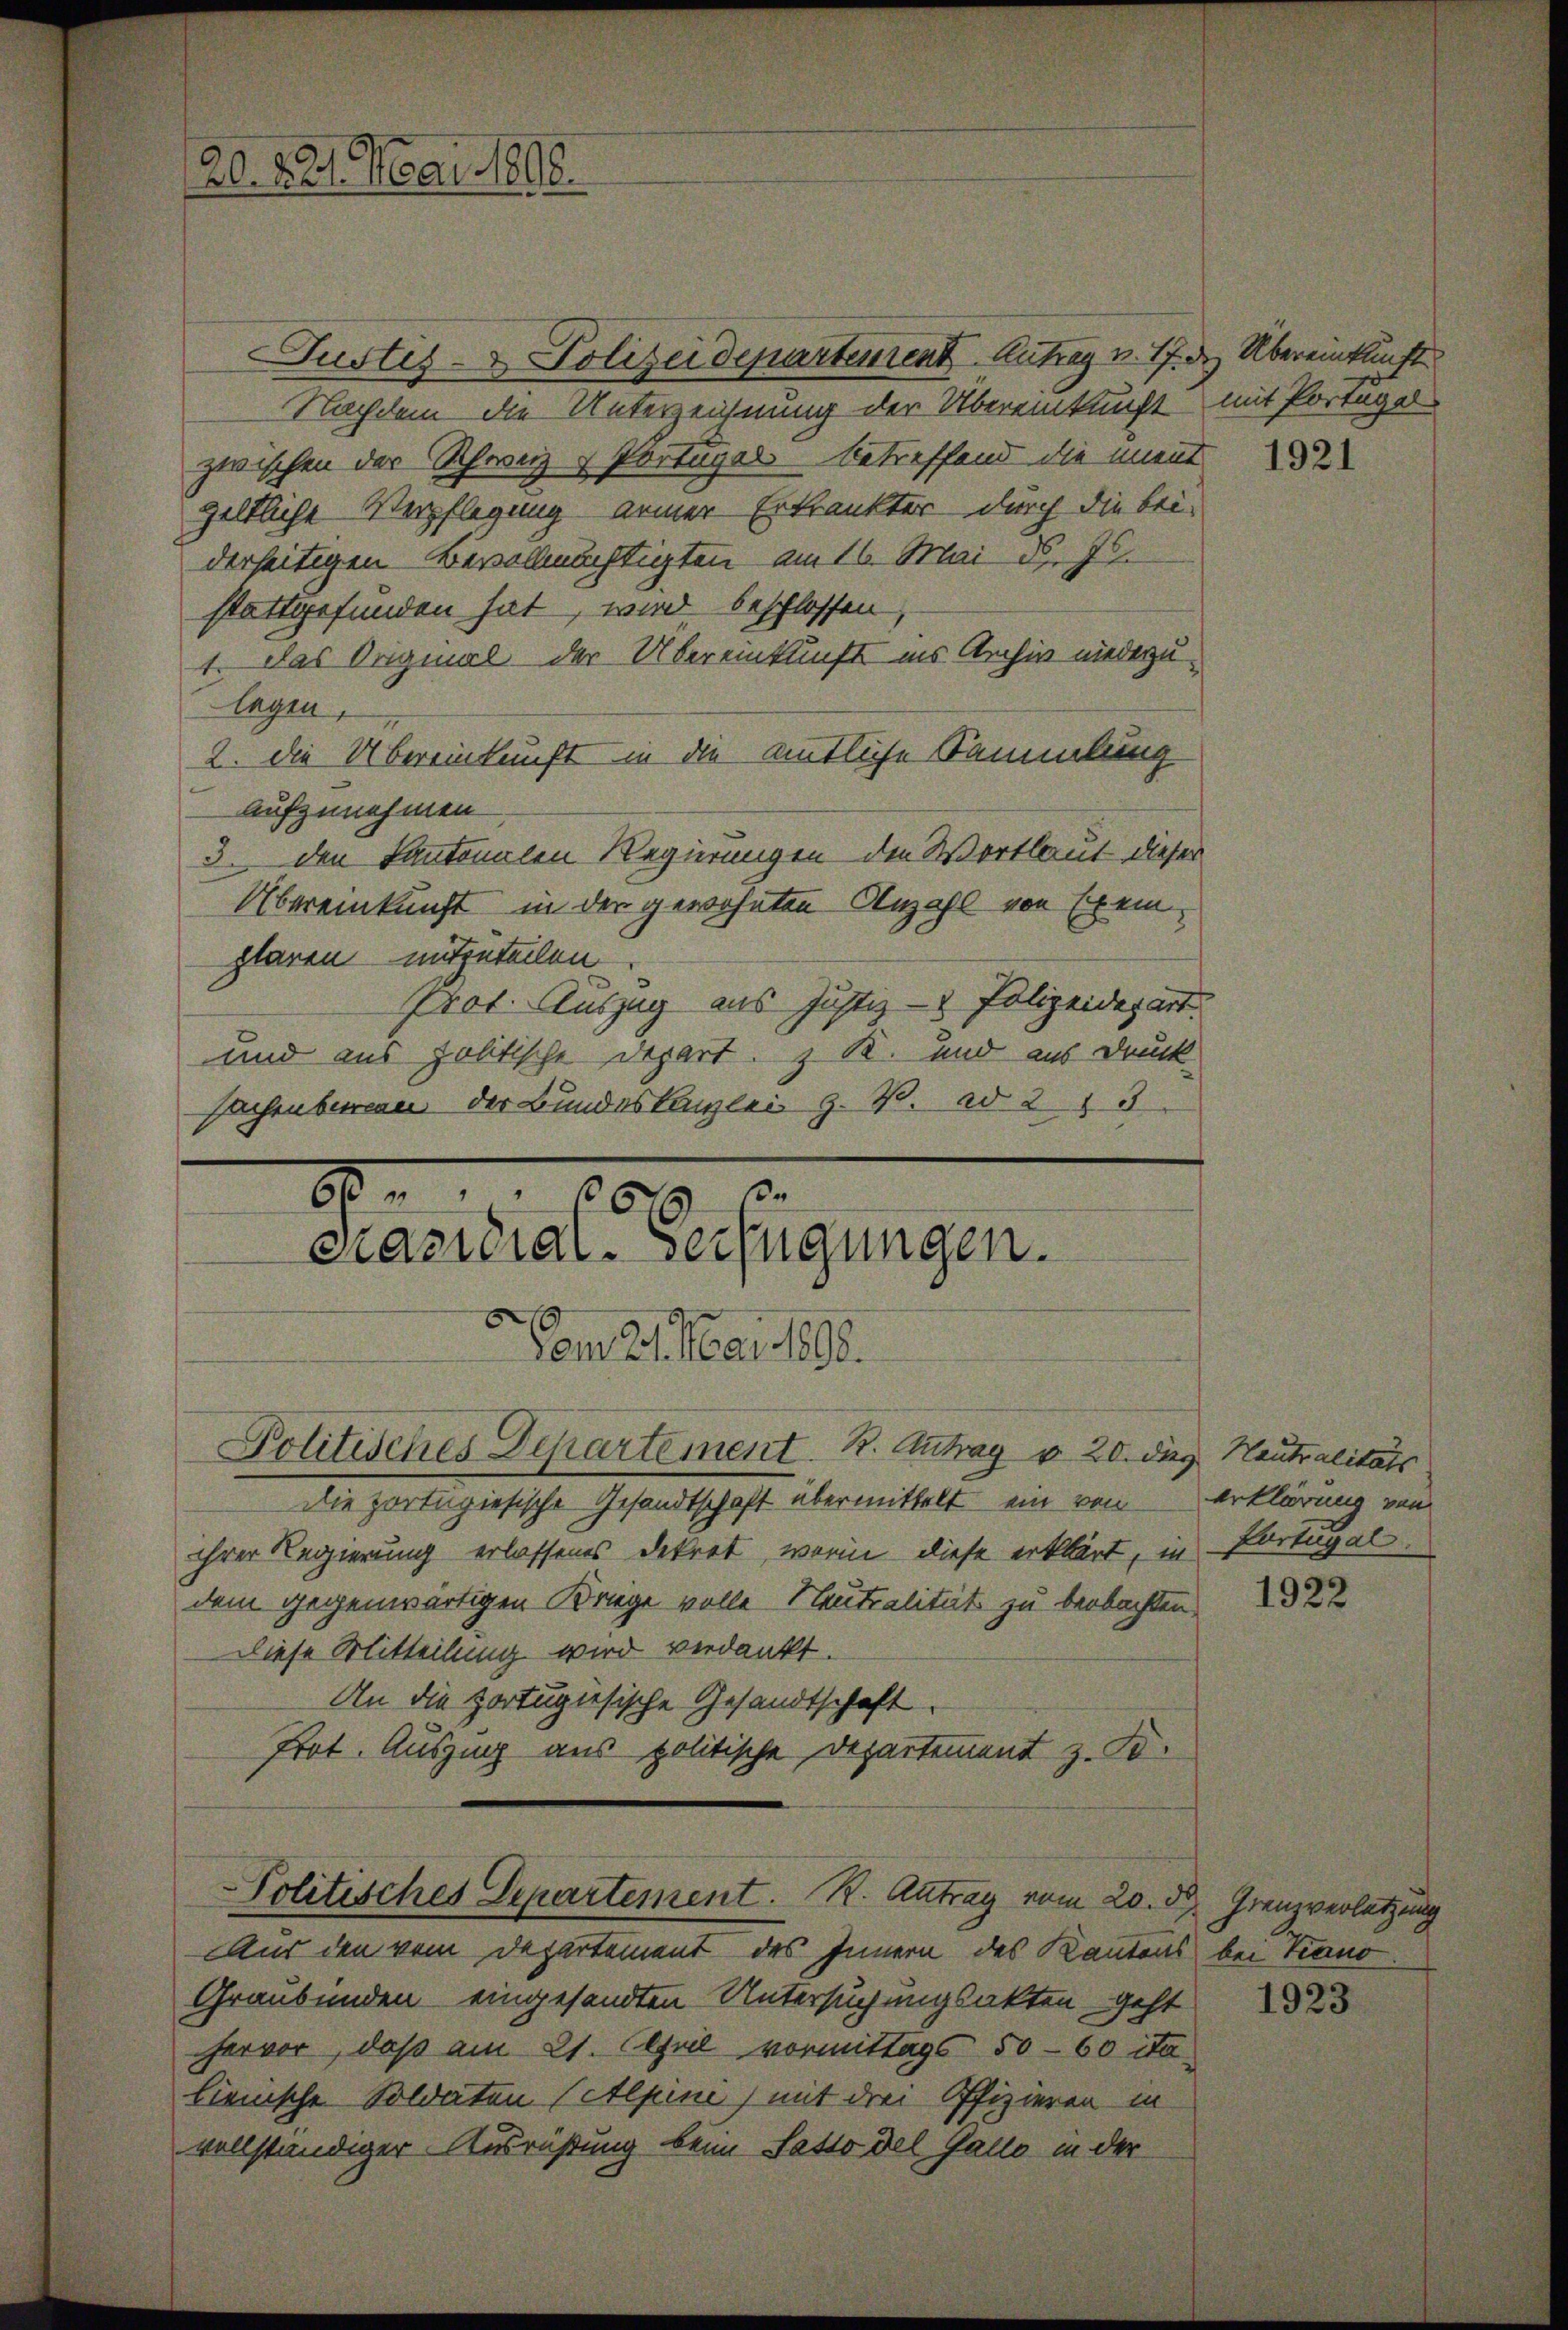
Justiz- & Polizeidepartement Antrag v. 17. d. Übereinkunft
Nachdem die Unterzeichnung der Übereinkunft mit Portagel
zwischen der Schweiz & Portages betreffend die ment
geltliche Verpflegung seiner Erkrankter durch die bei-
derseitigen Bevollmächtigten am 16. Mai d. Js.
stattgefunden hat, wird beschlossen,
1. Das Original der Übereinkunft ins Archiv niederzulagen,
2. die Übereinkunft in die amtliche Sammlung
aufzunehmen.
3. den Kantonalen Regierungen den Wortlaut dieser
Übereinkunft in der gewohnten Anzahl von Exemplaren mitzuteilen
Prot. Auszug aus Justiz- & Polizeidepart.
und aus politische Depart. z. R. und aus Druck
sachenburgen der Bundeskanzlei z. B. ad 2, 3
e
8

20. 221. Mai 1898.

6
crasidial-Verfügungen.

Politisches Departement. R. Antrag vom 20. d.

Vom 2. Mai 1890.
Politisches Departement. B. Antrag v. 20. die Neutralitäts
Die partagiesische Gesandtschaft übermittelt ein von
ihrer Regierung erlassenes Dekret, wenn diese erklärt, in
dem gegenwärtigen Kriege volle Neutralität zu beobachten,
Diese Mitteilung wird verdankt.
An die portugisische Gesandtschaft.
Prot. Auszug aus politische Departement z. So¬

Aus den vom Departement des Innern des Kantons bei Kano
Graubünden eingesandten Untersuchungsakten geht
hervor, daß am 21. April vormittags 50-60 ita
lienische Soldaten (Alpini) mit drei Offizieren in
vollständiger Ausrüstung beim Satto del Gallo in der

1921

erklärung von
Portugal.

1922

Frenzverletzung

1923